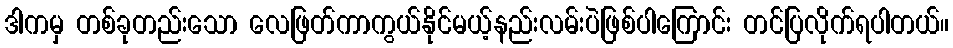
ဒါကမှ တစ်ခုတည်းသော လေဖြတ်ကာကွယ်နိုင်မယ့်နည်းလမ်းပဲဖြစ်ပါကြောင်း တင်ပြလိုက်ရပါတယ်။